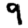
Digit: 9